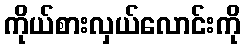
ကိုယ်စားလှယ်လောင်းကို